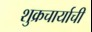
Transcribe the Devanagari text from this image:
शुक्रचार्याची